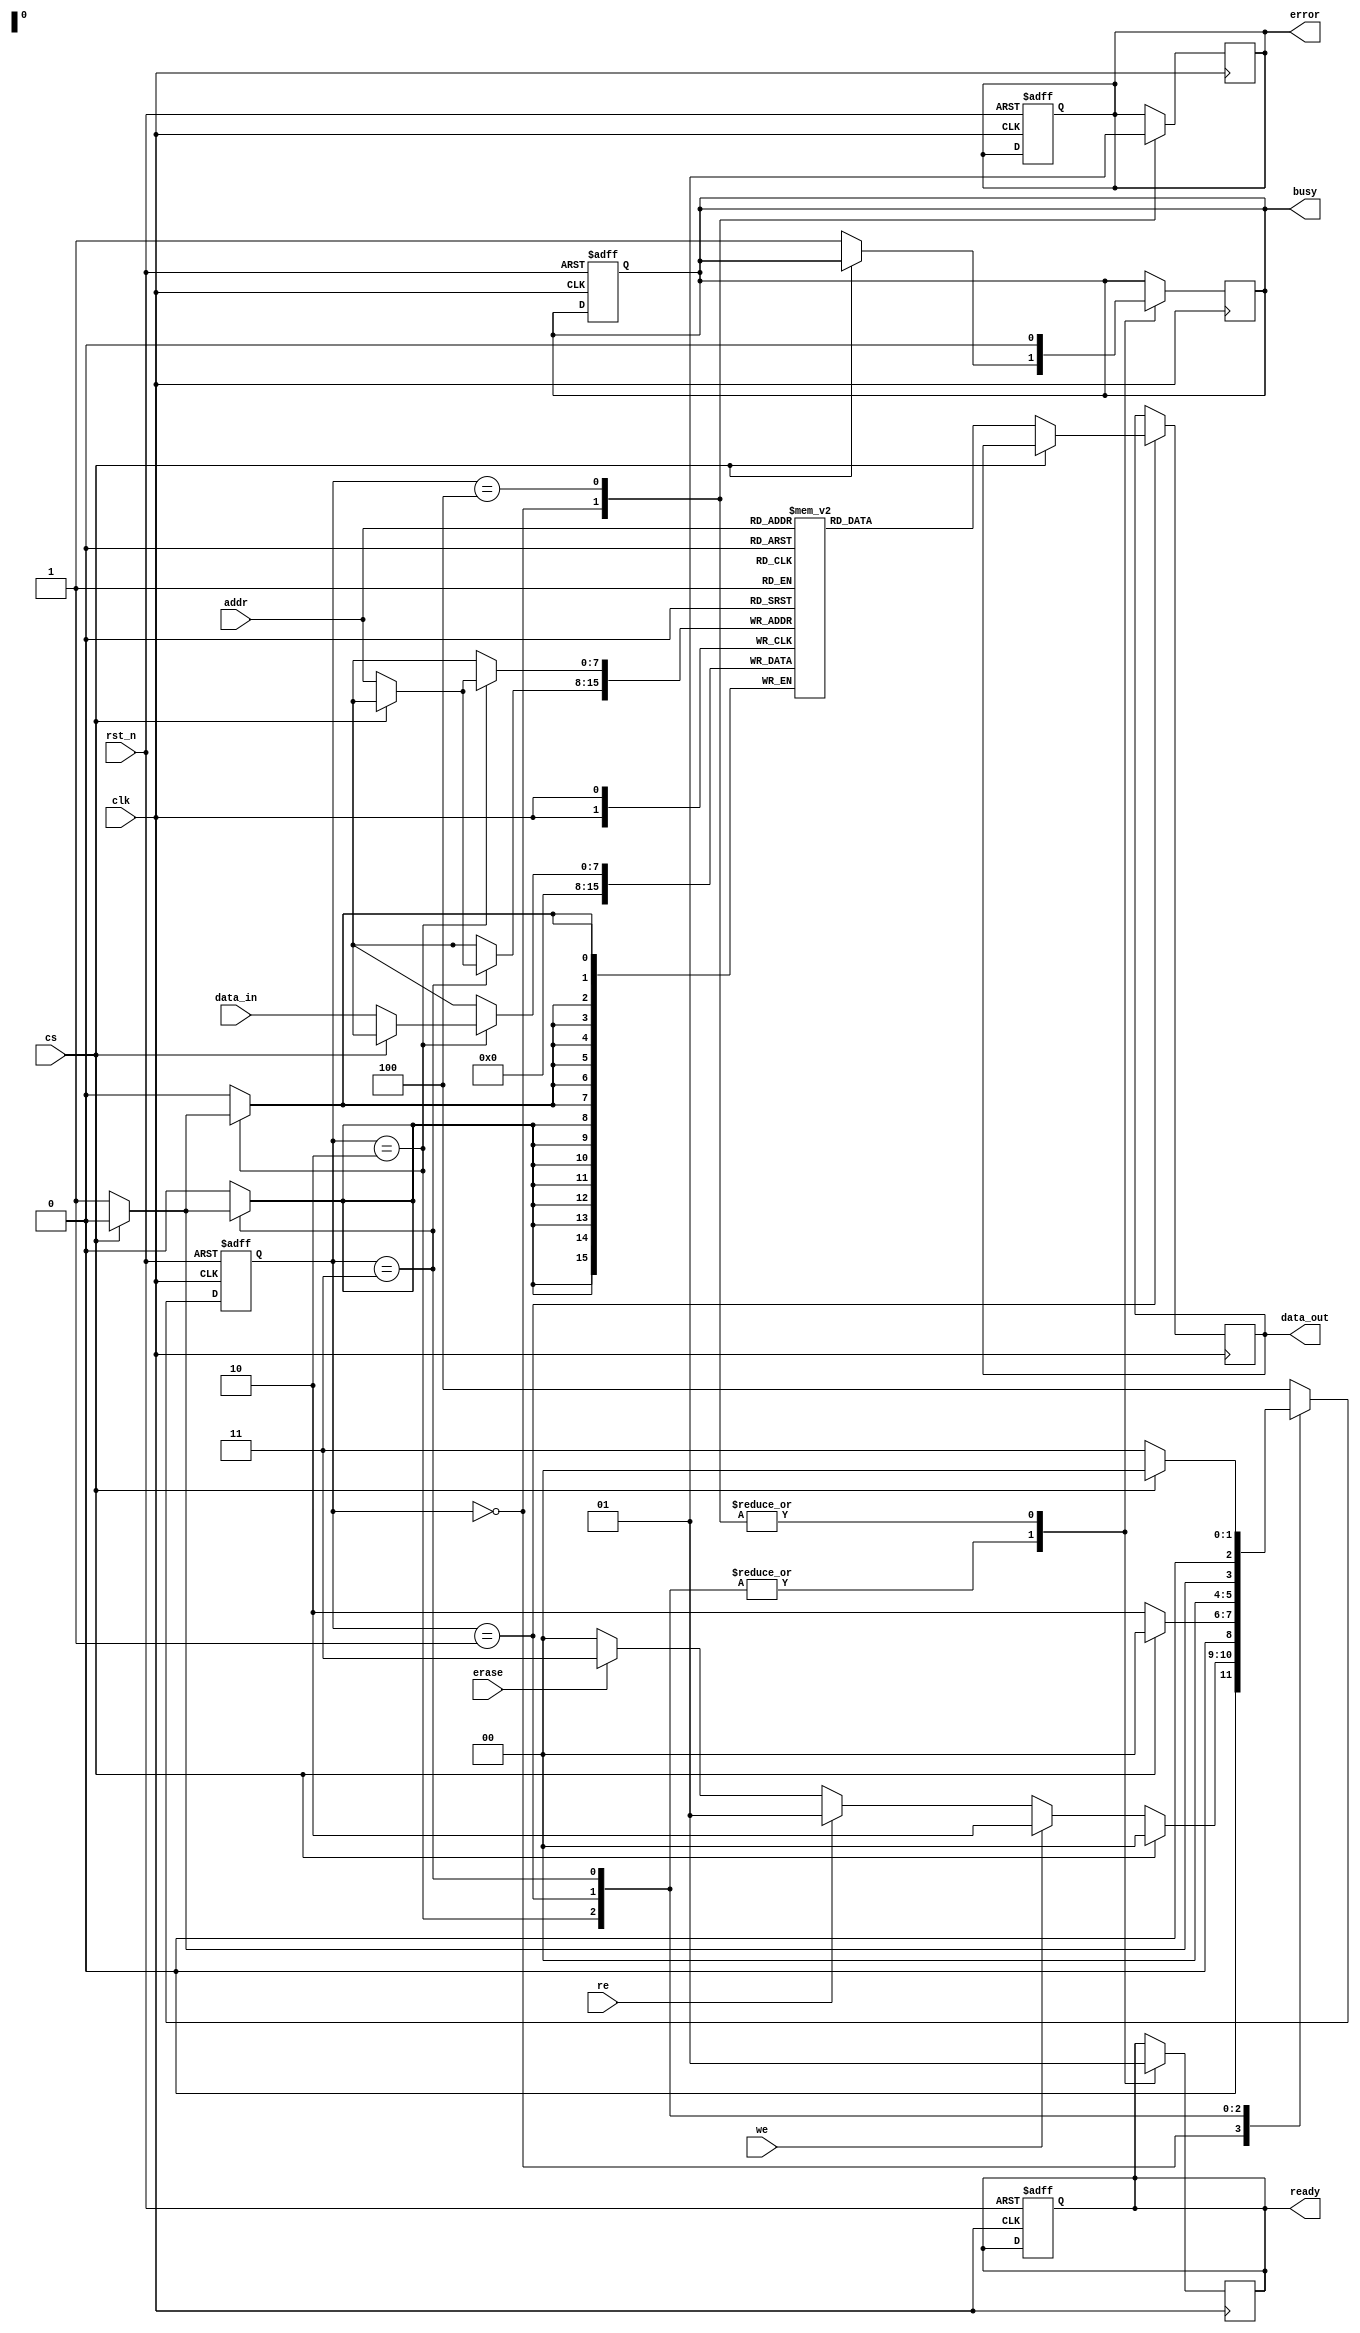
module FlashEEPROM (
    input wire clk,              // System Clock
    input wire rst_n,            // Active-low Reset
    input wire cs,               // Chip Select
    input wire [7:0] addr,       // Address Bus
    input wire [7:0] data_in,    // Data Input Bus
    input wire we,               // Write Enable
    input wire re,               // Read Enable
    input wire erase,            // Erase Enable
    output reg [7:0] data_out,    // Data Output Bus
    output reg ready,            // Ready Status Signal
    output reg busy,             // Busy Status Signal
    output reg error             // Error Signal
);

    // Memory Array
    reg [7:0] memory [0:255]; // 256 x 8-bit memory
    reg [2:0] state;          // State for FSM
    reg [2:0] next_state;     // Next state for FSM

    // State Encoding
    localparam IDLE      = 3'b000,
               READ      = 3'b001,
               WRITE     = 3'b010,
               ERASE     = 3'b011,
               ERROR     = 3'b100;

    // State Machine
    always @(posedge clk or negedge rst_n) begin
        if (!rst_n) begin
            state <= IDLE;
            ready <= 1;
            busy <= 0;
            error <= 0;
        end else begin
            state <= next_state;
        end
    end

    // Next State Logic
    always @(*) begin
        case (state)
            IDLE: begin
                if (!cs) begin
                    if (we) begin
                        next_state = WRITE;
                    end else if (re) begin
                        next_state = READ;
                    end else if (erase) begin
                        next_state = ERASE;
                    end else begin
                        next_state = IDLE;
                    end
                end else begin
                    next_state = IDLE;
                end
            end

            WRITE: begin
                if (cs) begin
                    next_state = IDLE;
                end else begin
                    next_state = WRITE;
                end
            end

            READ: begin
                if (cs) begin
                    next_state = IDLE;
                end else begin
                    next_state = READ;
                end
            end

            ERASE: begin
                if (cs) begin
                    next_state = IDLE;
                end else begin
                    next_state = ERASE;
                end
            end

            default: begin
                next_state = ERROR;
            end
        endcase
    end

    // Output Logic
    always @(posedge clk) begin
        case (state)
            IDLE: begin
                ready <= 1;
                busy <= 0;
                error <= 0;
            end

            WRITE: begin
                if (!cs) begin
                    memory[addr] <= data_in; // Write data to memory
                    busy <= 1;
                end
                ready <= 0;
            end

            READ: begin
                if (!cs) begin
                    data_out <= memory[addr]; // Read data from memory
                    busy <= 1;
                end
                ready <= 0;
            end

            ERASE: begin
                if (!cs) begin
                    // Erase logic (simple: set to 0 for demonstration)
                    memory[addr] <= 8'b00000000;
                    busy <= 1;
                end
                ready <= 0;
            end

            ERROR: begin
                error <= 1; // Set error flag
                busy <= 0;
                ready <= 1;
            end
        endcase
    end

endmodule